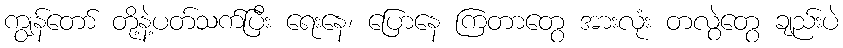
ကျွန်တော် တို့နဲ့ပတ်သက်ပြီး ရေးနေ၊ ပြောနေ ကြတာတွေ အားလုံး တလွဲတွေ ချည်းပဲ